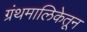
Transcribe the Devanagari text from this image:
ग्रंथमालिकेतून